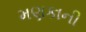
મણકાની